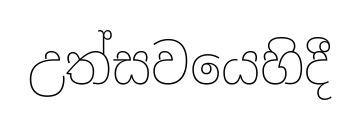
උත්සවයෙහිදී